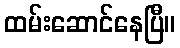
ထမ်းဆောင်နေပြီ။